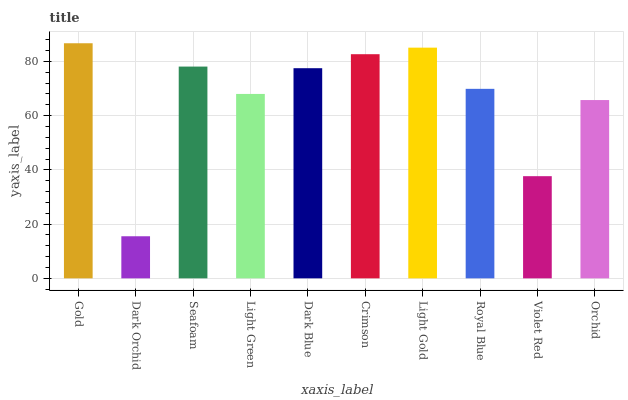
| xaxis_label | bars |
 | --- | --- |
 | Gold | 86.7 |
 | Dark Orchid | 15.5 |
 | Seafoam | 78.1 |
 | Light Green | 68 |
 | Dark Blue | 77.5 |
 | Crimson | 82.7 |
 | Light Gold | 85.1 |
 | Royal Blue | 69.9 |
 | Violet Red | 37.7 |
 | Orchid | 65.8 |